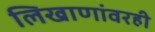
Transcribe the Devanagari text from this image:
लिखाणांवरही